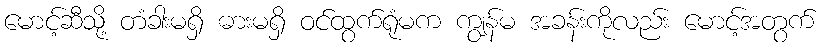
မောင့်ဆီသို့ တံခါးမရှိ ဓားမရှိ ဝင်ထွက်ရုံမက ကျွန်မ အခန်းကိုလည်း မောင့်အတွက်